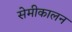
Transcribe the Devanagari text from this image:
सेमीकालन